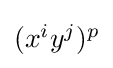
{\textstyle (x^{i}y^{j})^{p}}